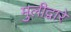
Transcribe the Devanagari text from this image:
मुलीद्वारे